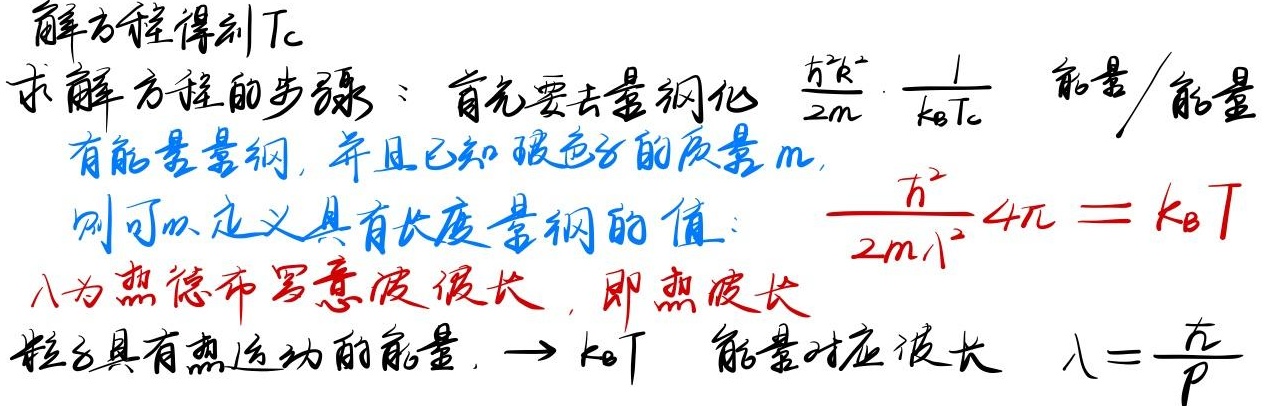
解方程得到\(T_{c}\)。求解方程的步骤：首先要去量纲化，\(\frac{\hbar^{2}k^{2}}{2m}\cdot\frac{1}{k_{B}T_{c}}\)（能量/能量）有能量量纲，并且已知玻色子的质量\(m\)，则可以定义具有长度量纲的值：\(\frac{\hbar^{2}}{2m\lambda^{2}}4\pi = k_{B}T\)。\(\lambda\)为热德布罗意波波长，即热波长，粒子具有热运动的能量，\(\rightarrow k_{B}T\)（能量）对应波长\(\lambda = \frac{\hbar}{p}\)。